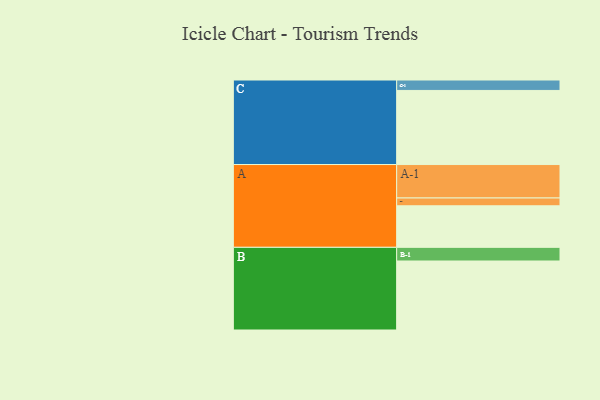
{"axis": {"x": "Segment", "y": "Value"}, "legend": ["", "A", "B", "C"], "data": [{"x": "A", "y": 334, "type": ""}, {"x": "B", "y": 555, "type": ""}, {"x": "C", "y": 596, "type": ""}, {"x": "A-1", "y": 269, "type": "A"}, {"x": "A-2", "y": 63, "type": "A"}, {"x": "B-1", "y": 110, "type": "B"}, {"x": "C-1", "y": 84, "type": "C"}]}